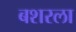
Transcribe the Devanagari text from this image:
बशरला